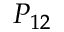
P _ { 1 2 }